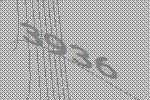
3936